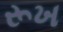
રૂખ